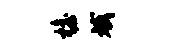
檐斌